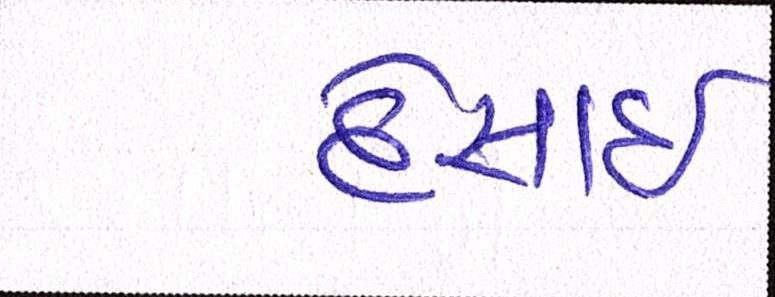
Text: દેસાઇ